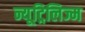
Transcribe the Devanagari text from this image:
न्यूट्रिलिज्म